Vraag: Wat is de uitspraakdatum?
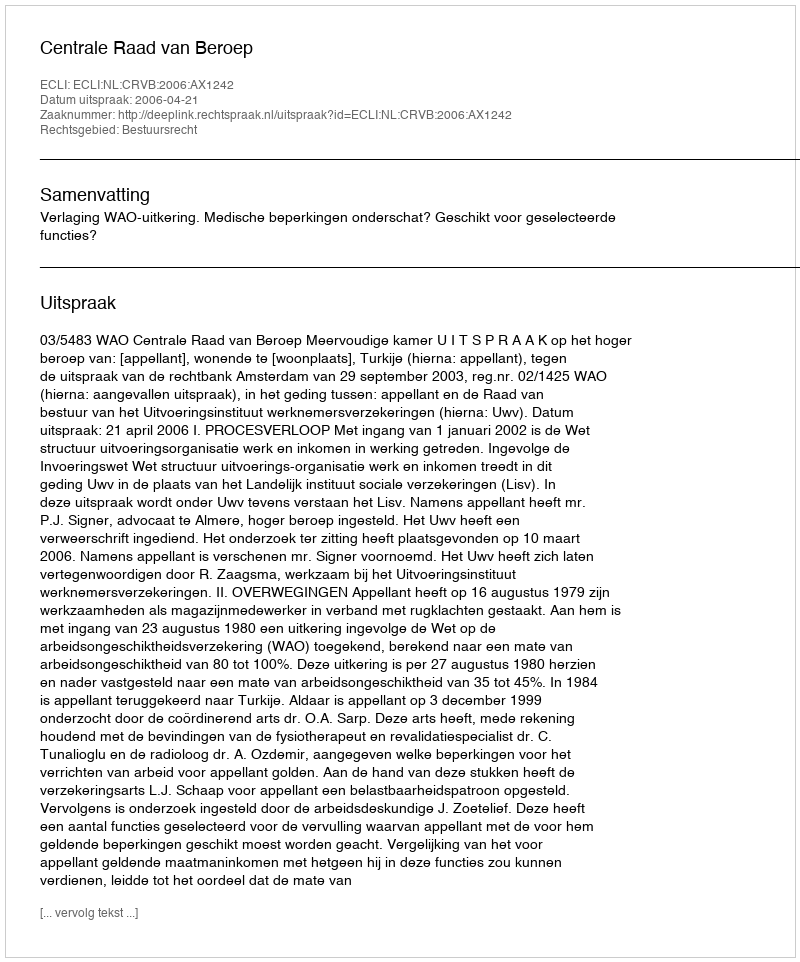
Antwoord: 2006-04-21